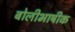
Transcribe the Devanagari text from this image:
बोलीभाषीक